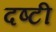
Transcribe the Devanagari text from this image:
दष्टी